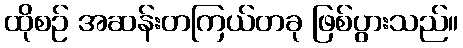
ထိုစဉ် အဆန်းတကြယ်တခု ဖြစ်ပွားသည်။